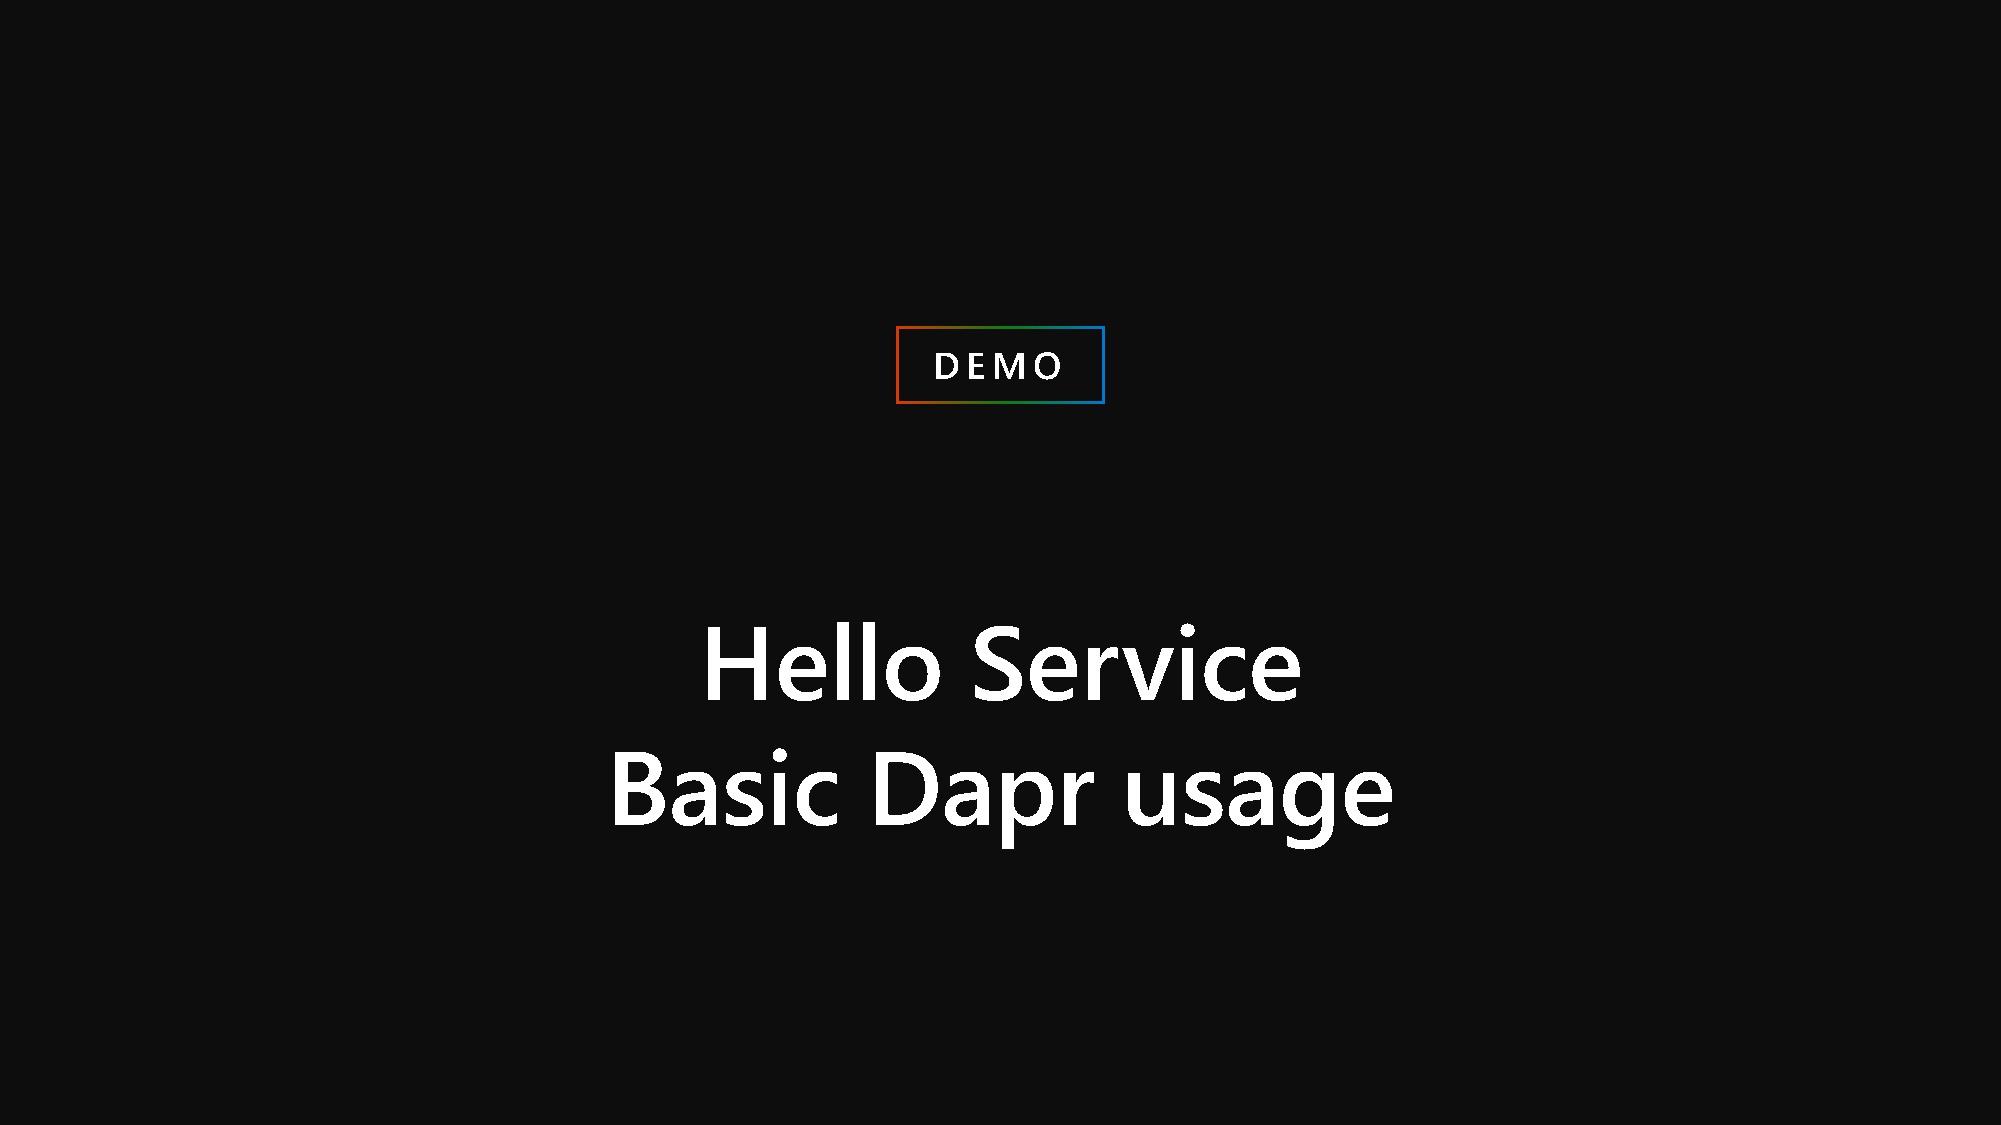
D E M O
 Hello             Service
 Basic            Dapr             usage